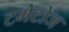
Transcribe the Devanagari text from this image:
टमेटोज